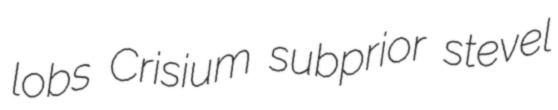
lobs Crisium subprior stevel